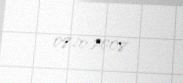
08.10.2008